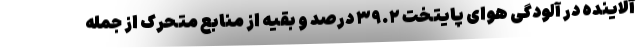
آلاینده در آلودگی هوای پایتخت ۳۹.۲ درصد و بقیه از منابع متحرک از جمله